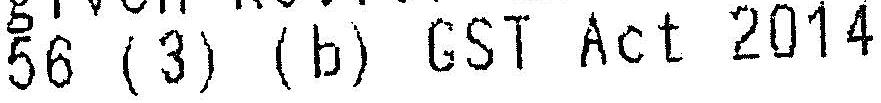
56 (3) (B) GST ACT 2014